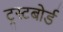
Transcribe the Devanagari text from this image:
ट्रस्टबोर्ड